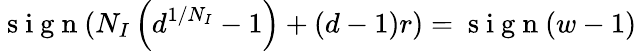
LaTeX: \mathrm{~s~i~g~n~}(N_{I}\left(d^{1/N_{I}}-1\right)+(d-1)r)=\mathrm{~s~i~g~n~}(w-1)